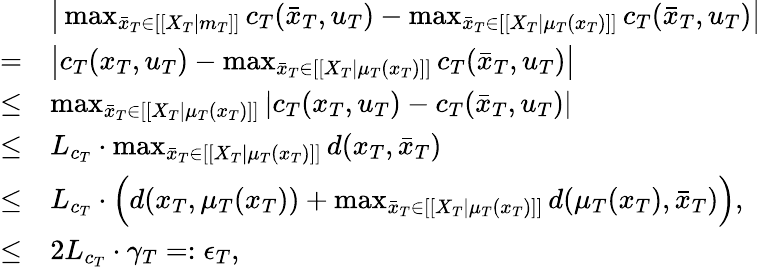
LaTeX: \begin{array}{rl}&{\big|\operatorname*{max}_{\bar{x}_{T}\in[[X_{T}|m_{T}]]}c_{T}(\bar{x}_{T},u_{T})-\operatorname*{max}_{\bar{x}_{T}\in[[X_{T}|\mu_{T}(x_{T})]]}c_{T}(\bar{x}_{T},u_{T})\big|}\\ {=}&{\big|c_{T}(x_{T},u_{T})-\operatorname*{max}_{\bar{x}_{T}\in[[X_{T}|\mu_{T}(x_{T})]]}c_{T}(\bar{x}_{T},u_{T})\big|}\\ {\leq}&{\operatorname*{max}_{\bar{x}_{T}\in[[X_{T}|\mu_{T}(x_{T})]]}|c_{T}(x_{T},u_{T})-c_{T}(\bar{x}_{T},u_{T})|}\\ {\leq}&{L_{c_{T}}\cdot\operatorname*{max}_{\bar{x}_{T}\in[[X_{T}|\mu_{T}(x_{T})]]}d(x_{T},\bar{x}_{T})}\\ {\leq}&{L_{c_{T}}\cdot\Big(d(x_{T},\mu_{T}(x_{T}))+\operatorname*{max}_{\bar{x}_{T}\in[[X_{T}|\mu_{T}(x_{T})]]}d(\mu_{T}(x_{T}),\bar{x}_{T})\Big),}\\ {\leq}&{2L_{c_{T}}\cdot\gamma_{T}=:\epsilon_{T},}\end{array}